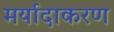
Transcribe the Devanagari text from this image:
मर्यादाकरण